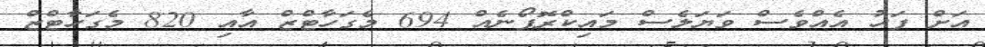
އަށް ފަހު އެއްވެސް ވަޔަލެސް މައިކްރޮފޯނެއް 694 މެގަހާޓްޒް އާއި 820 މެގަހާޓްޒް